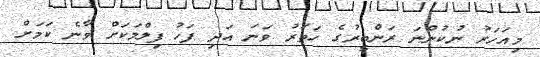
މިއަހަރު ނުކުންނަ ރަންބީރުގެ ހަތަރު ވަނަ އަދި ފަހު ފިލްމަކަށް ވާނެ ކަމަށް